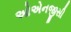
ઓએનજીસી